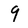
Character: 9